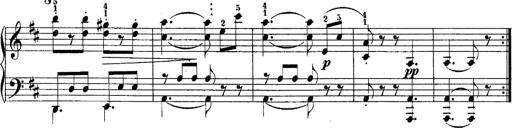
Title: 10 Sonatines progressives
Composer: Anton Schmoll